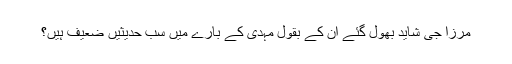
مرزا جی شاید بھول گئے ان کے بقول مہدی کے بارے میں سب حدیثیں ضعیف ہیں؟